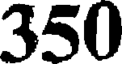
350